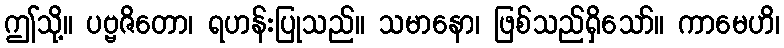
ဤသို့။ ပဗ္ဗဇိတော၊ ရဟန်းပြုသည်။ သမာနော၊ ဖြစ်သည်ရှိသော်။ ကာမေဟိ၊